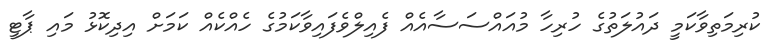
ކުރިމަތިވާކަމީ ދައުލަތުގެ ހުރިހާ މުއައްސަސާއެއް ފެއިލްވެފައިވާކަމުގެ ހެއްކެއް ކަމަށް އިދިކޮޅު މައި ޕާޓީ